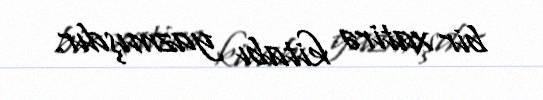
bir xatirə kitabı yazmışdır.